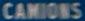
CAMIONS